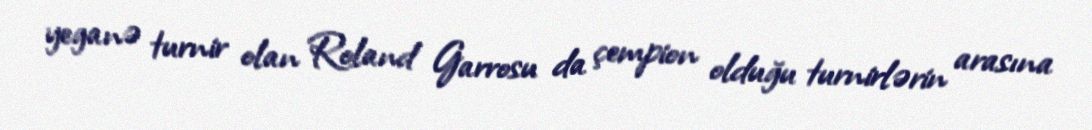
yeganə turnir olan Roland Garrosu da çempion olduğu turnirlərin arasına